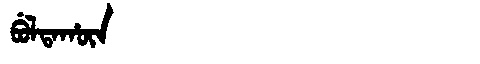
Manchu: ᠪᡠᠯᡨᠠᡥᡡᠨ
Romanization: BULTAHŪN